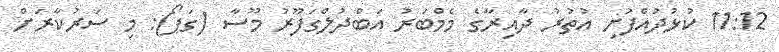
11:12 ކުޅުދުއްފުށި އުތުރު ދާއިރާގެ މެމްބަރު އަބްދުލްގަފޫރު މޫސާ (ގަޕޯ): މި ސަރުކާރަށް